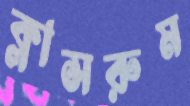
ক্লাসরুম